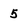
Character: 5